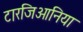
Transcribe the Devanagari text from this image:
टारजिओनिया